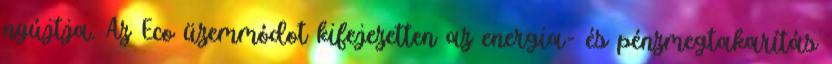
nyújtja. Az Eco üzemmódot kifejezetten az energia- és pénzmegtakarítás